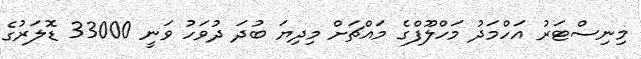
މިނިސްޓަރު އަހްމަދު މަހްލޫފްގެ މައްޗަށް މިދިޔަ ބުދަ ދުވަހު ވަނީ 33000 ޑޮލަރުގެ